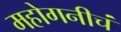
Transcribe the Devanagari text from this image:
महोगनीचं